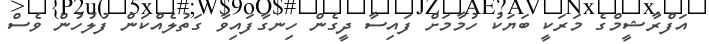
އަފްރާޝީމްގެ މަރަކީ ބަޔަކު ހުމާމަށް ފައިސާ ދީގެން ހިނގާފައިވާ ގަތުލެއްކަން ފުލުހުން ވެސް